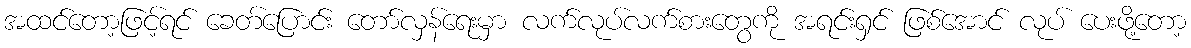
အထင်တော့ဖြင့်ရင် ခေတ်ပြောင်း တော်လှန်ရေးမှာ လက်လုပ်လက်စားတွေကို အရင်းရှင် ဖြစ်အောင် လုပ် ပေးဖို့တော့